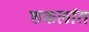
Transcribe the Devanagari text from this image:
शकलांत